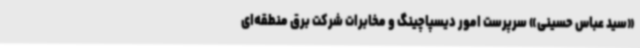
«سید عباس حسینی» سرپرست امور دیسپاچینگ و مخابرات شرکت برق منطقه‌ای